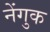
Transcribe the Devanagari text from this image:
नेंगुक